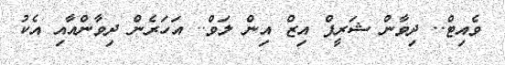
ވެއިޓް.. ދިވާން ޝަރީފް އިޒް އިން ލަވް.. އަހަރެން ދިވާންއާއި އެކު